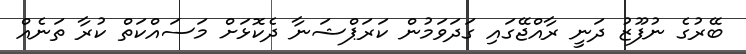
ބޭރުގެ ނުފޫޒު ދަނީ ރާއްޖޭގައި ގަދަވަމުން ކަރަޕްޝަނާ ދެކޮޅަށް މަސައްކަތް ކުރާ ތަނެއް